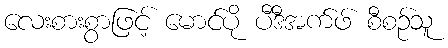
လေးစားစွာဖြင့် မောင်ပို ပီဒီအက်ဖ် စီစဉ်သူ